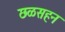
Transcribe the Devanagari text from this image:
छळसहन